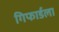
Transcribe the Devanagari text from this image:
गिफार्डला